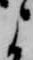
よ